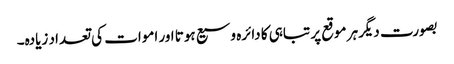
بصورت دیگرہر موقع پر تباہی کا دائرہ وسیع ہوتا اور اموات کی تعداد زیادہ۔